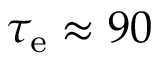
\tau _ { \mathrm { e } } \approx 9 0